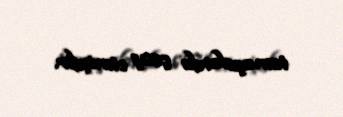
tamaşalarda çıxış etmişdir.